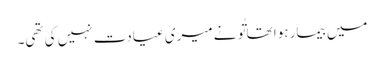
میں بیمار ہوا تھا تُو نے میری عیادت نہیں کی تھی۔